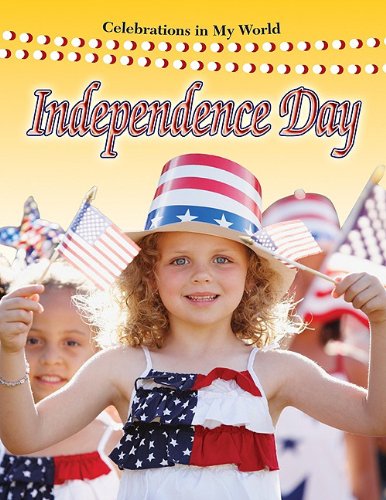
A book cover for Independence Day (Celebrations in My World); Molly Aloian; Children's Books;